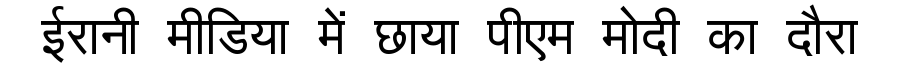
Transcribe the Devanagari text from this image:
ईरानी मीडिया में छाया पीएम मोदी का दौरा